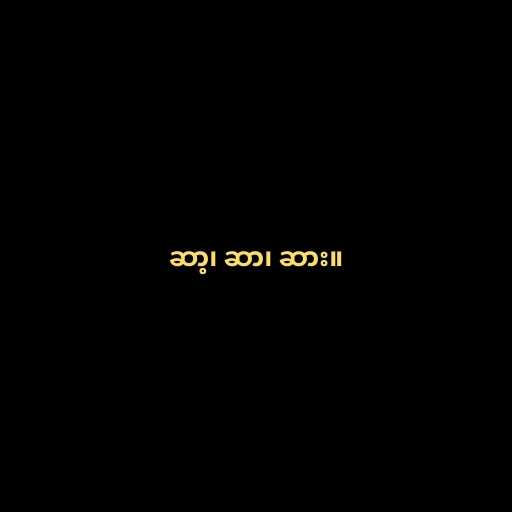
ဆာ့၊ ဆာ၊ ဆား။